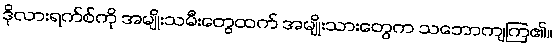
ဒိုလားရက်စ်ကို အမျိုးသမီးတွေထက် အမျိုးသားတွေက သဘောကျကြ၏။